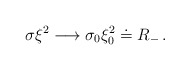
\begin{align*}\sigma \xi^2 \longrightarrow \sigma_0 \xi_0^2 \doteq R_-\,.\end{align*}